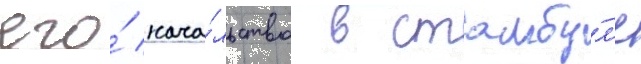
его́ нача́льство в стамбу́л'е